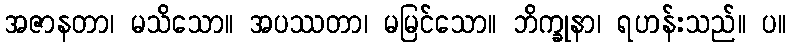
အဇာနတာ၊ မသိသော။ အပဿတာ၊ မမြင်သော။ ဘိက္ခုနာ၊ ရဟန်းသည်။ ပ။